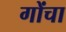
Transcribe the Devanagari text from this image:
गोंचा